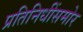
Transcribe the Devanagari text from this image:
प्रतिनिधींसमोर